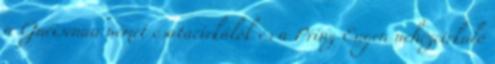
a Gneisenau német csatacirkálók és a Prinz Eugen nehézcirkáló